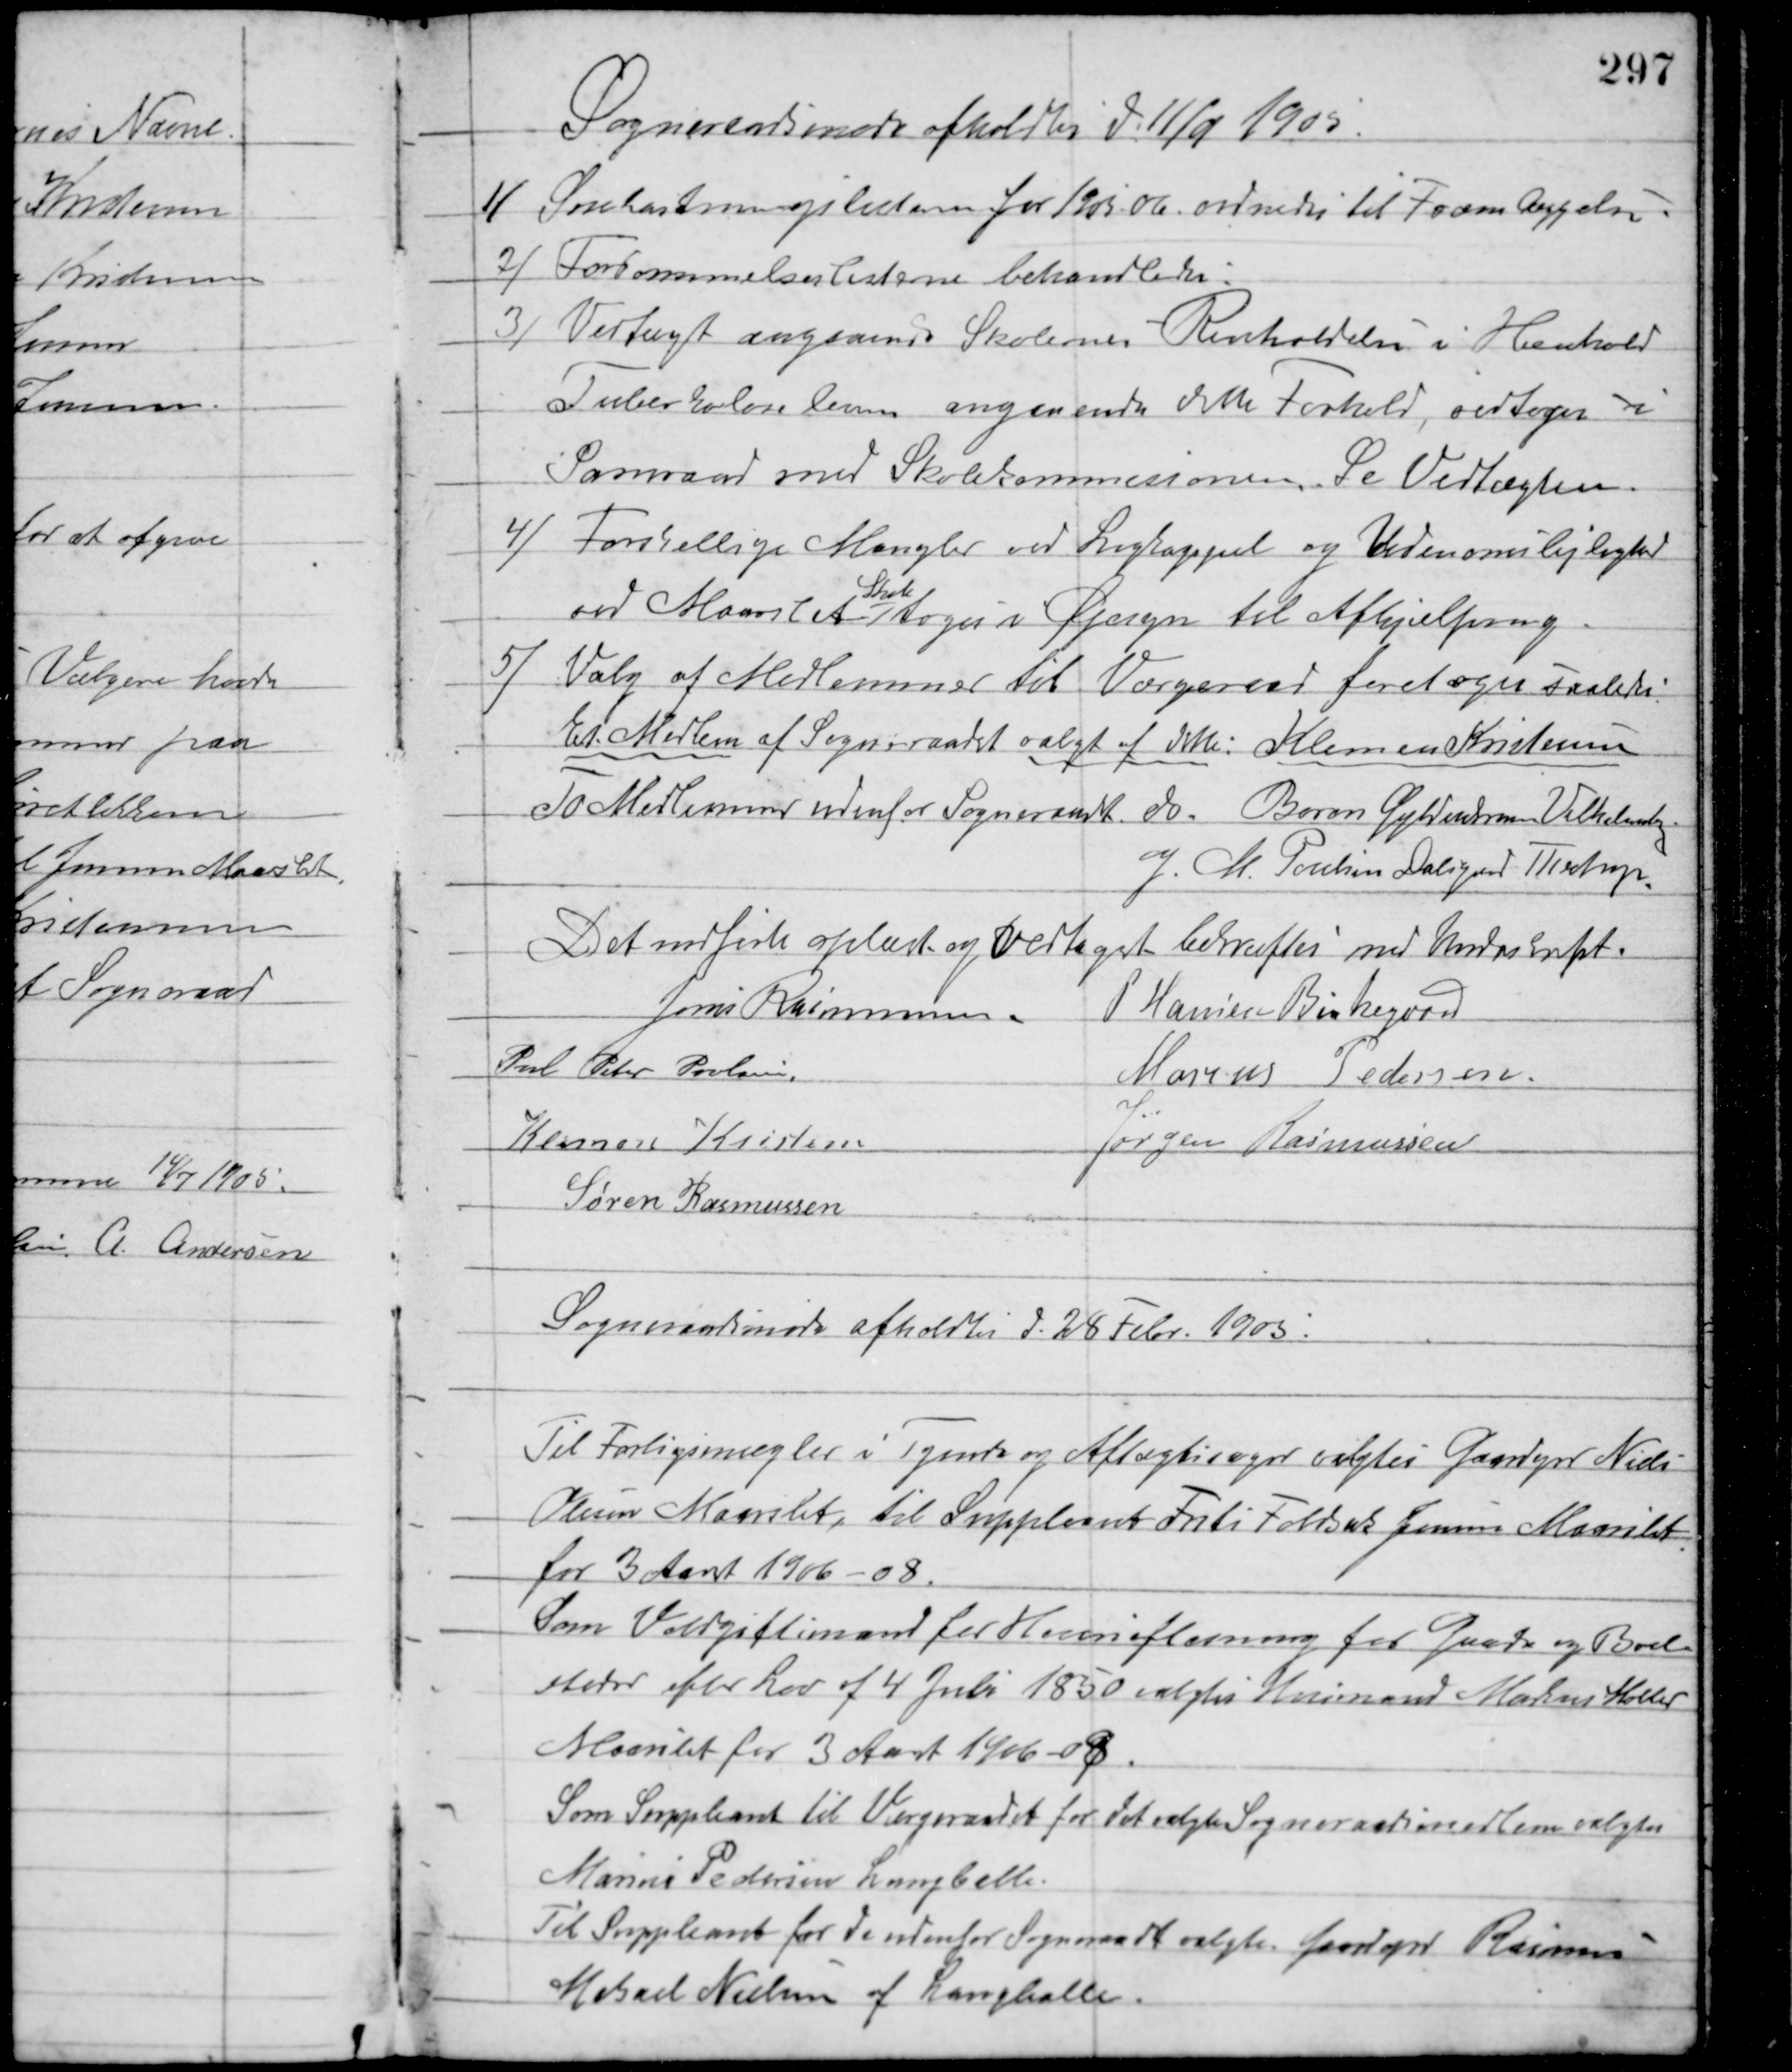
Transskription:
Sogneraadsmøde afholdtes d. 11/9 1905.
1/ Snekastningslisterne for 1905-06 ordnedes til Fremlæggelse.
2/ Forsømmelseslisterne behandledes.
3/ Vedtaget angaaende Skolernes Renholdelse i Henhold
Tuberkuloseloven angaaende dette Forhold, vedtoges i
Samraad med Skolekommisionen. Se Vedtægten.
4/ Forskellige Mangler ved Ligkappel og Udenomslejlighed
ved Maarslet
Skole
toges i Øjesyn til Afhjælpning.
5/ Valg af Medlemmer til Værgeraad foretoges saaledes:
Et Medlem af Sogneraadet valgt af dette: Klemen Kristensen
To Medlemmer udenfor Sogneraadet
do. Baron Gyldenkrone Vilhelmsbg.
og M. Poulsen Dalsgaard Thestrup.
Det indførte oplæst og Vedtaget bekræftes med Underskrift
Jens Rasmussen
P. Hansen Birkegaard
Poul Peter Poulsen
Marius Pedersen
Klemen Kristensen
Jørgen Rasmussen
Søren Rasmussen
Sogneraadsmøde afholdtes d. 28 Febr. 1905.
Til Forligsmægler i Tyende og Aftægtssager valgtes Gaardejer Niels
Olesen Maarslet, til Suppleant Frits Foldak Jensen Maarslet
for 3 Aaret 1906-08.
Som Voldgiftsmand for Hoveriafløsning for Gaarde og Boels-
steder efter Lov af 4 Juli 1850 valgtes Husmand Markus Møller
Maarslet for 3 Aaret 1906-08.
Som Suppleant til Værgeraadet for det valgte Sogneraadsmedlem valgtes
Marius Pedersen Langballe.
Til Suppleant for de udenfor Sogneraadet valgte Gaardejer Rasmus
Mikael Nielsen af Langballe.